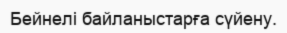
Бейнелі байланыстарға сүйену.